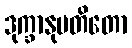
ဒုက္ခာနုပတိတော